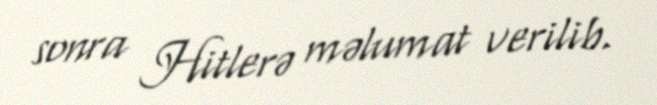
sonra Hitlerə məlumat verilib.